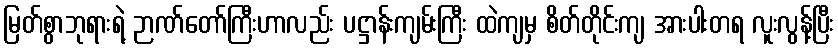
မြတ်စွာဘုရားရဲ့ ဉာဏ်တော်ကြီးဟာလည်း ပဋ္ဌာန်းကျမ်းကြီး ထဲကျမှ စိတ်တိုင်းကျ အားပါးတရ လူးလွန့်ပြီး